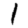
Digit: 1